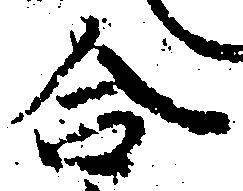
合